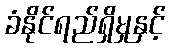
ခံနိုင်ရည်ရှိမှုနှင့်